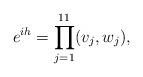
LaTeX: \begin{align*}e^{ih}=\prod_{j=1}^{11} (v_j,w_j),\end{align*}